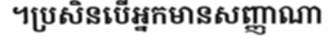
។ប្រសិនបើអ្នកមានសញ្ញាណា